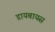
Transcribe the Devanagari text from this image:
डायबायस